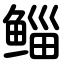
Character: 鲻